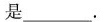
是___.